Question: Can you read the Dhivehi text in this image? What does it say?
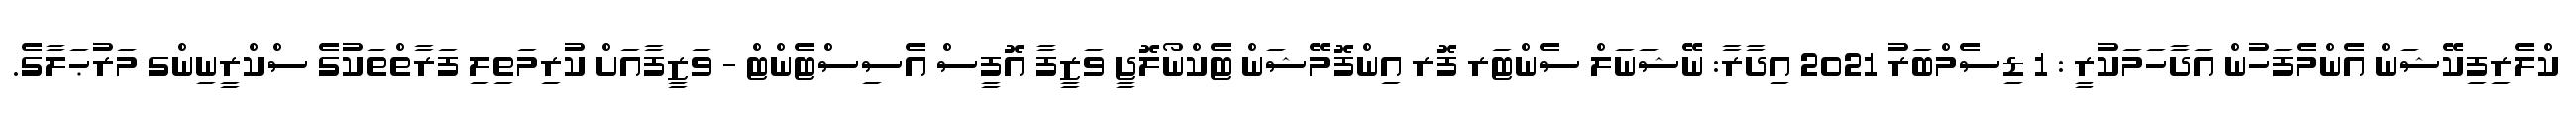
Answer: ކްލެރިފިކޭޝަން އެންމެފަހުން އަދާހަމަކުރީ : 1 ޑިސެމްބަރު 2021 އިދާރާ: ނޭޝަނަލް ސެންޓަރ ފޮރ އިންފޮމޭޝަން ޓެކްނޯލޮޖީ ވަޒީފާ އޮފީސް އެސިސްޓެންޓް - ވަޒީފާއަށް ކުރިމަތިލި ފަރާތްތަކުގެ ސްކްރީނިންގ މަރުޙަލާގެ.